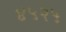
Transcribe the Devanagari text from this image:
४५२५